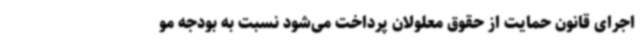
اجرای قانون حمایت از حقوق معلولان پرداخت می‌شود نسبت به بودجه‌ مو